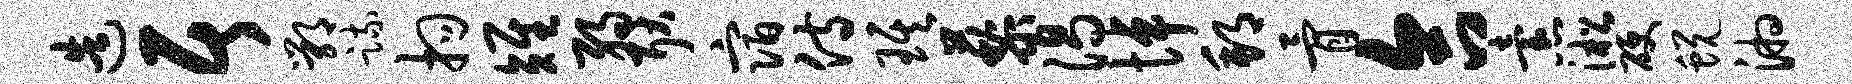
造居鄂疏拘雉弱耿宿侍琪藜渴悼邦骨合怠淞硬蜕湘